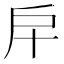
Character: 𢨦